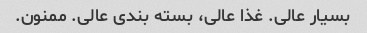
بسیار عالی. غذا عالی، بسته بندی عالی. ممنون.